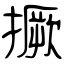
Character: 撅